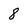
Character: 8